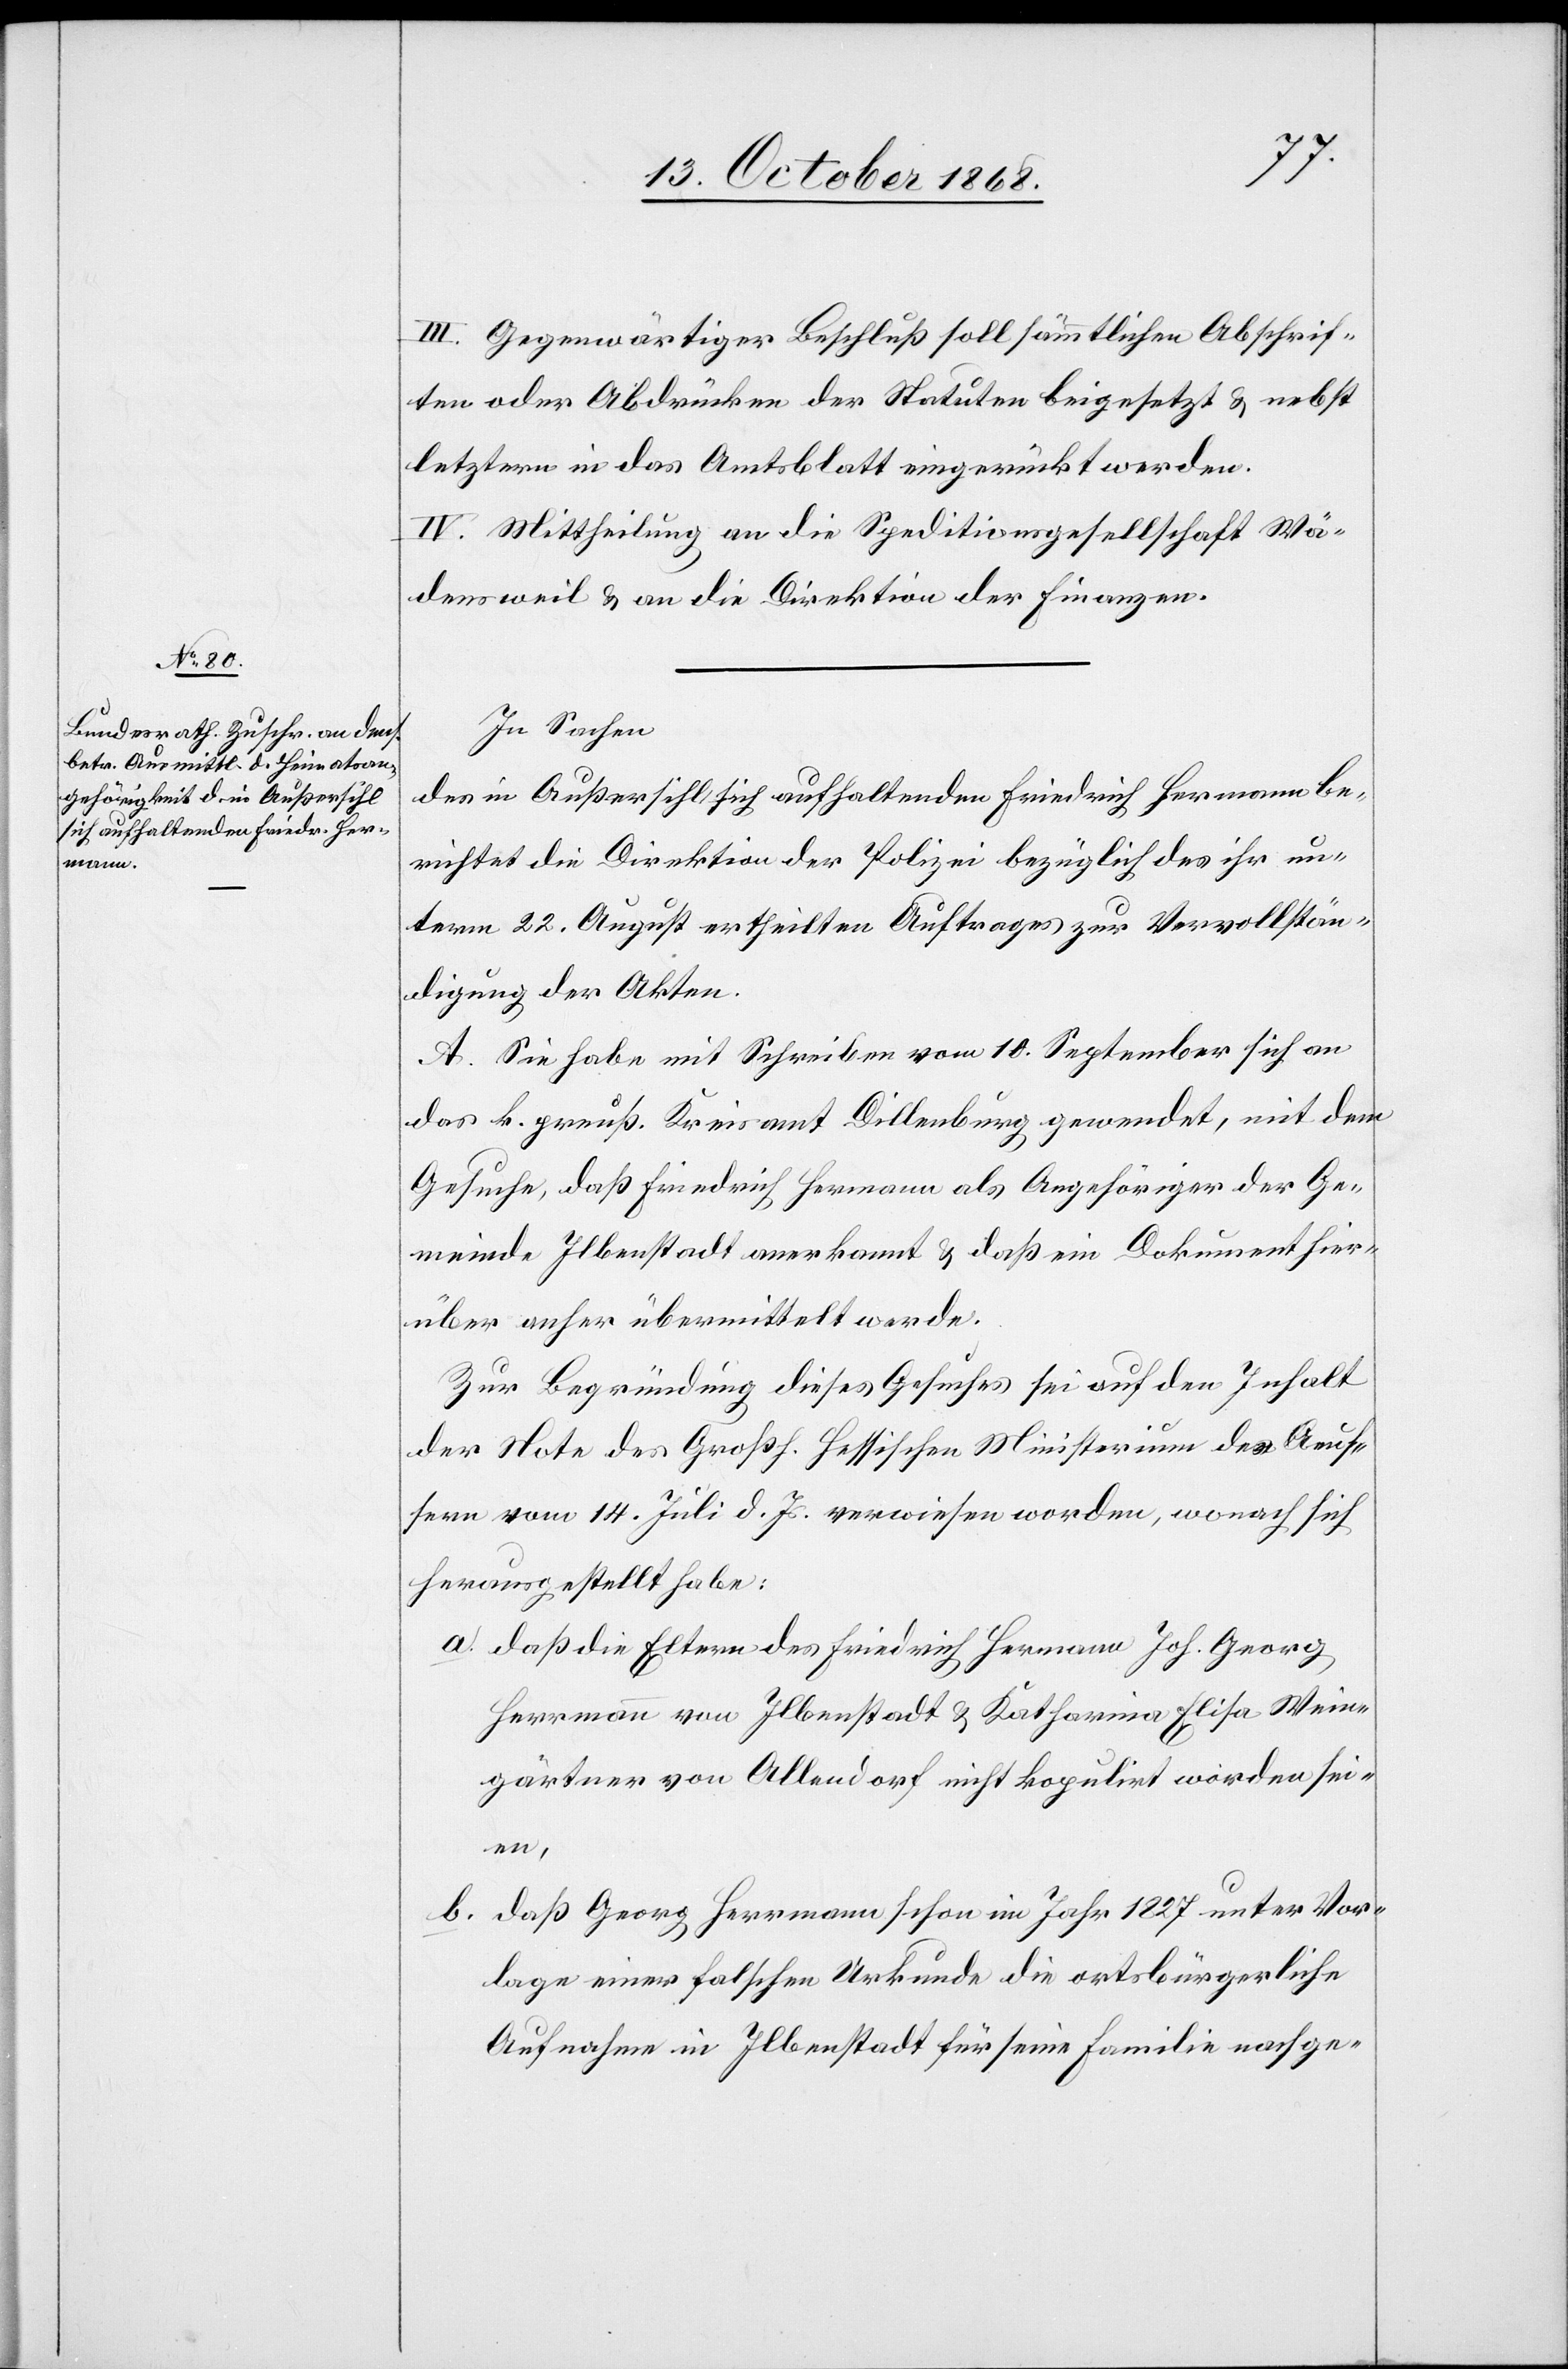
III. Gegenwärtiger Beschluß soll sämmtlichen Abschrif¬
ten oder Abdrücken der Statuten beigesetzt & nebst
letztern in das Amtsblatt eingerückt werden.
IV. Mittheilung an die Speditionsgesellschaft Wä¬
densweil & an die Direktion der Finanzen.
In Sachen
des in Außersihl sich aufhaltenden Friedrich Hermann be¬
richtet die Direktion der Polizei bezüglich des ihr un¬
term 22. August ertheilten Auftrages zur Vervollstän¬
digung der Akten.
A. Sie habe mit Schreiben vom 10. September sich an
das k. preuß. Kreisamt Dillenburg gewendet, mit dem
Gesuche, daß Friedrich Hermann als Angehöriger der Ge¬
meinde Ilbenstadt anerkannt & daß ein Dokument hier¬
über anher übermittelt werde.
Zur Begründung dieses Gesuches sei auf den Inhalt
der Note des Großh. hessischen Ministerium des Aeus¬
sern vom 14. Juli d. Js. verwiesen worden, wonach sich
herausgestellt habe:
daß die Eltern des Friedrich Hermann Joh. Georg
gärtner von Allendorf nicht kopulirt worden sei¬
en,
daß Georg Herrmann schon im Jahr 1827 unter Vor¬
lage einer falschen Urkunde die ortsbürgerliche
Aufnahme in Ilbenstadt für seine Familie nachge-